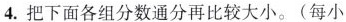
4.把下面各组分数通分再比较大小。(每小